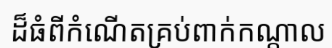
ដ៏ធំពីកំណើតគ្រប់ពាក់កណ្តាល